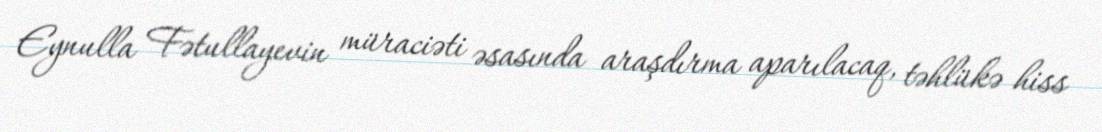
Eynulla Fətullayevin müraciəti əsasında araşdırma aparılacaq, təhlükə hiss